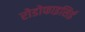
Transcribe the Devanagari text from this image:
रोडोफाइसिई